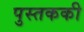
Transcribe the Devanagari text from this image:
पुस्तककी